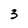
Character: 3